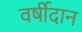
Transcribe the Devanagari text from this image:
वर्षीदान